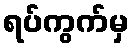
ရပ်ကွက်မှ